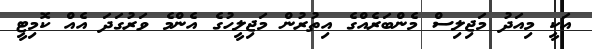
އަކީ މިއަދު މަޖިލިސް މެންބަރެއްގެ އިތުރުން މަޖިލީހުގެ އެންމެ ވަރުގަދަ އެއް ކޮމިޓީ